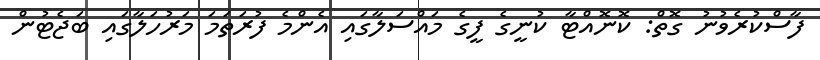
ފާސްކުރެވުނު ގޮތް: ކޮނޮއްޓާ ކުނީގެ ފީގެ މައްސަލާގައި އެންމެ ފުރަތަމަ މަރުހަލާގައި ބަޖެޓުން